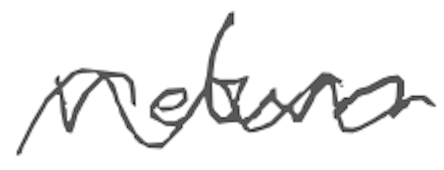
Text: return
Cross-out: wave
Writing tool: digital_gray